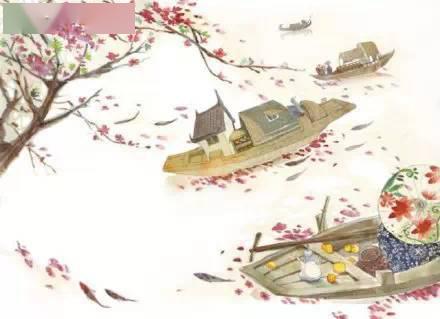
休对故人思故国，且将新火试新茶。诗酒趁年华。